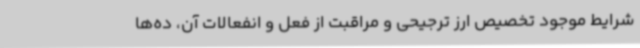
شرایط موجود تخصیص ارز ترجیحی و مراقبت از فعل و انفعالات آن، ده‌ها